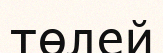
төлей